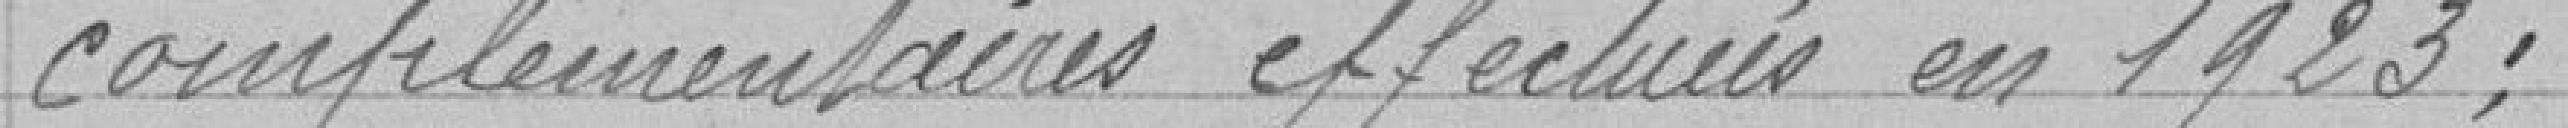
complémentaires effectuées en 1923 ;